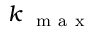
k _ { \mathrm { ~ \mathrm { ~ m ~ a ~ x ~ } ~ } }